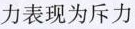
力表现为斥力